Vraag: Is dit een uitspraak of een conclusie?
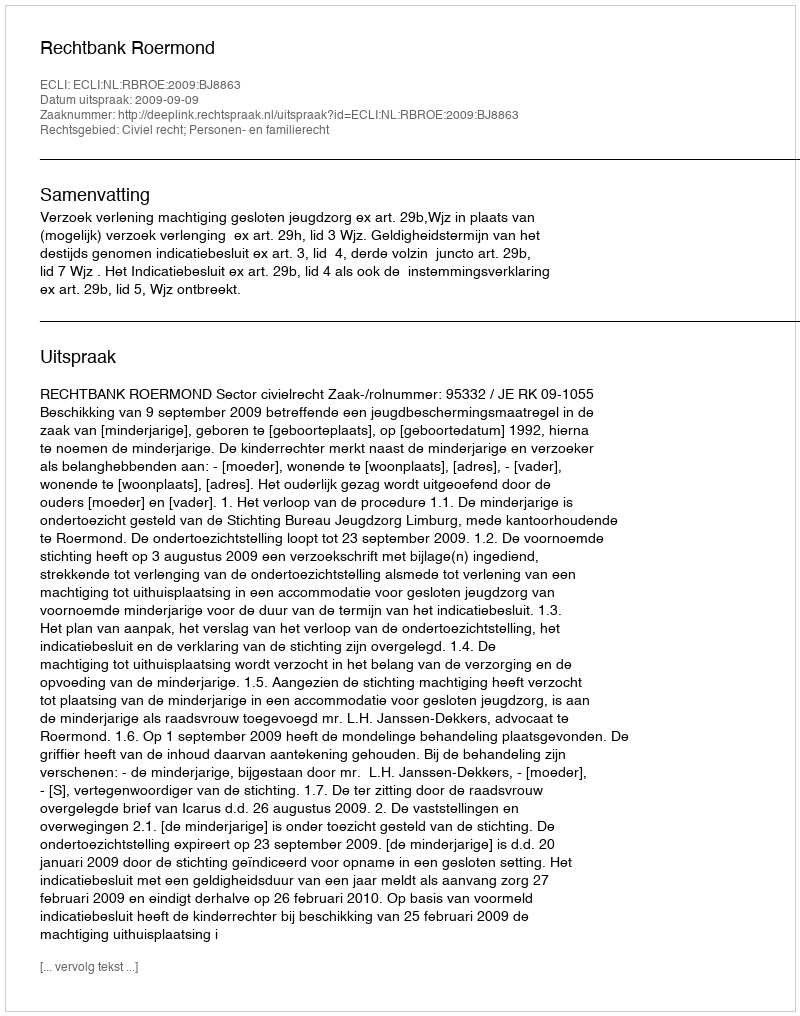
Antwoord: Uitspraak